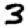
Digit: 3